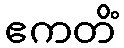
ဧကတိံ